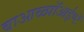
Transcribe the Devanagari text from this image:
बाआळ्पॉआईण्टॅ